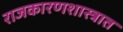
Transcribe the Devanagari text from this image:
राजकारणशास्त्रात